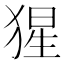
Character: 猩